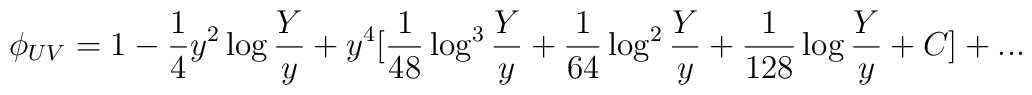
\phi_{UV}  = 1 - {1 \over 4}y^2\log{Y \over y} + y^4[{1 \over 48}\log^3{Y \over y}+{1 \over 64}\log^2{Y \over y}+{1 \over 128}\log {Y \over y}+C]+...